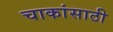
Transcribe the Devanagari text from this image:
चाकांसाठी